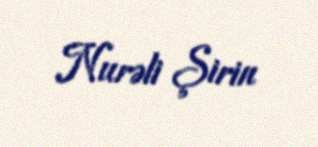
Nurəli Şirin